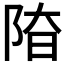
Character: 𨹞